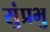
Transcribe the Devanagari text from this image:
सुंप्रभु